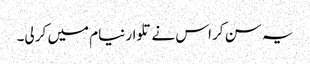
یہ سن کر اس نے تلوار نیام میں کر لی۔